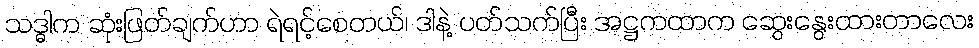
သဒ္ဓါက ဆုံးဖြတ်ချက်ဟာ ရဲရင့်စေတယ်၊ ဒါနဲ့ ပတ်သက်ပြီး အဋ္ဌကထာက ဆွေးနွေးထားတာလေး